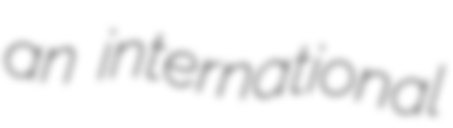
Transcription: an international